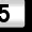
Digit: 5